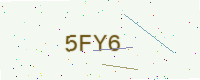
Text: 5FY6